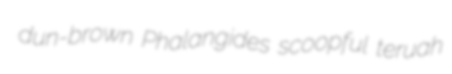
dun-brown Phalangides scoopful teruah